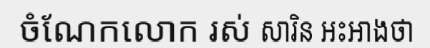
ចំណែកលោក រស់ សារិន អះអាងថា